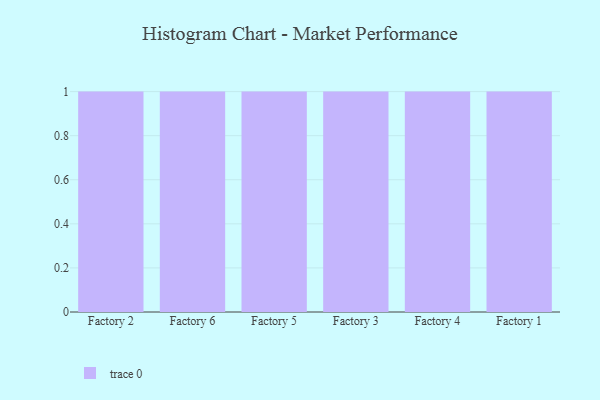
{"axis": {"x": "Factory", "y": "Humidity (%)"}, "legend": [""], "data": [{"x": "Factory 2", "y": 58, "type": ""}, {"x": "Factory 6", "y": 4, "type": ""}, {"x": "Factory 5", "y": 78, "type": ""}, {"x": "Factory 3", "y": 1, "type": ""}, {"x": "Factory 4", "y": 84, "type": ""}, {"x": "Factory 1", "y": 29, "type": ""}]}